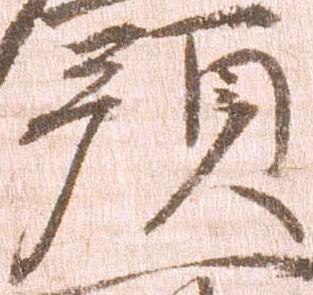
預